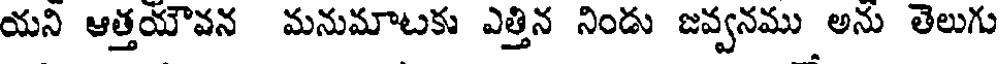
యని ఆత్తయౌవన మనుమాటకు ఎత్తిన నిండు జవ్వనము అను తెలుగు